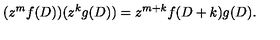
( z ^ { m } f ( D ) ) ( z ^ { k } g ( D ) ) = z ^ { m + k } f ( D + k ) g ( D ) .